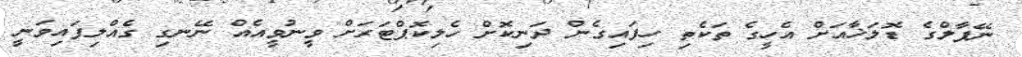
ނޭޕާލްގެ ޑޮލަޚާއަށް އެހީގެ ތަކެތި ހިފައިގެން ދަނިކޮށް ހެލިކޮޕްޓަރަށް ވީނުވީއެއް ނޭނގި ގެއްލިފައިވަނީ